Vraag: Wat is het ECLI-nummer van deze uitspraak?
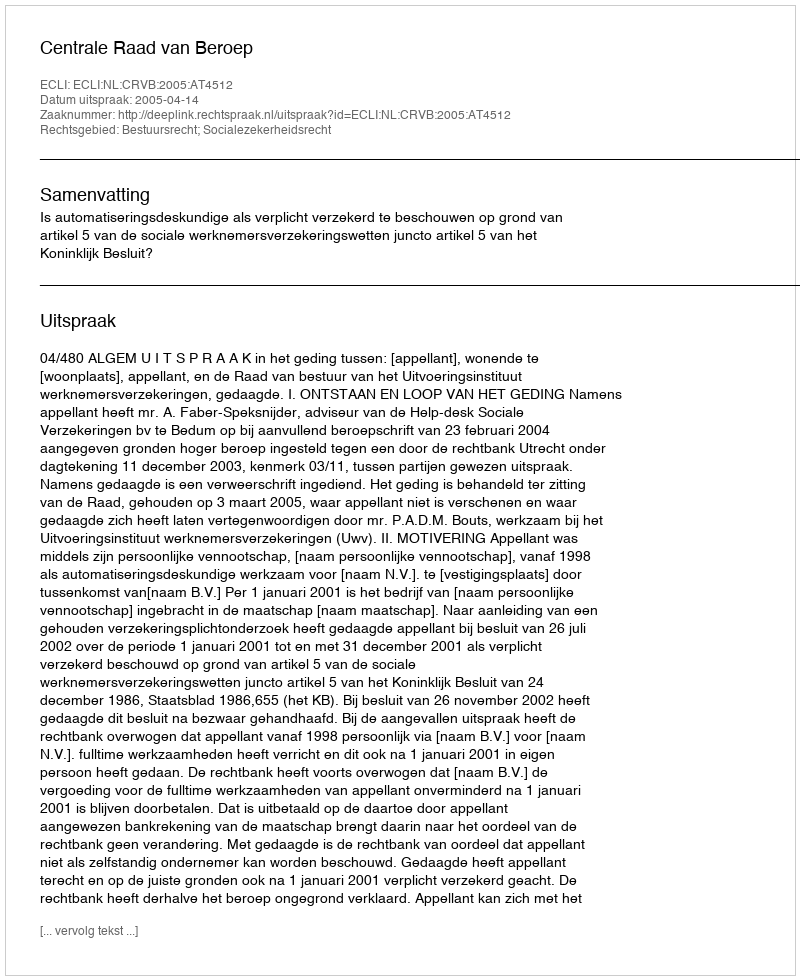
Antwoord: ECLI:NL:CRVB:2005:AT4512